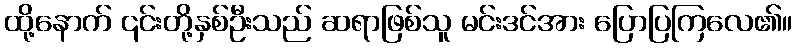
ထို့နောက် ၎င်းတို့နှစ်ဦးသည် ဆရာဖြစ်သူ မင်းဒင်အား ပြောပြကြလေ၏။